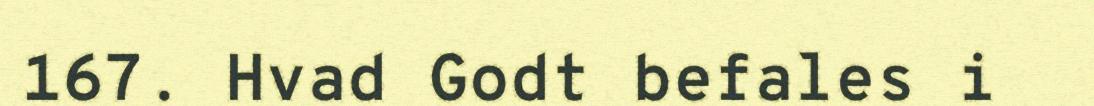
167. Hvad Godt befales i